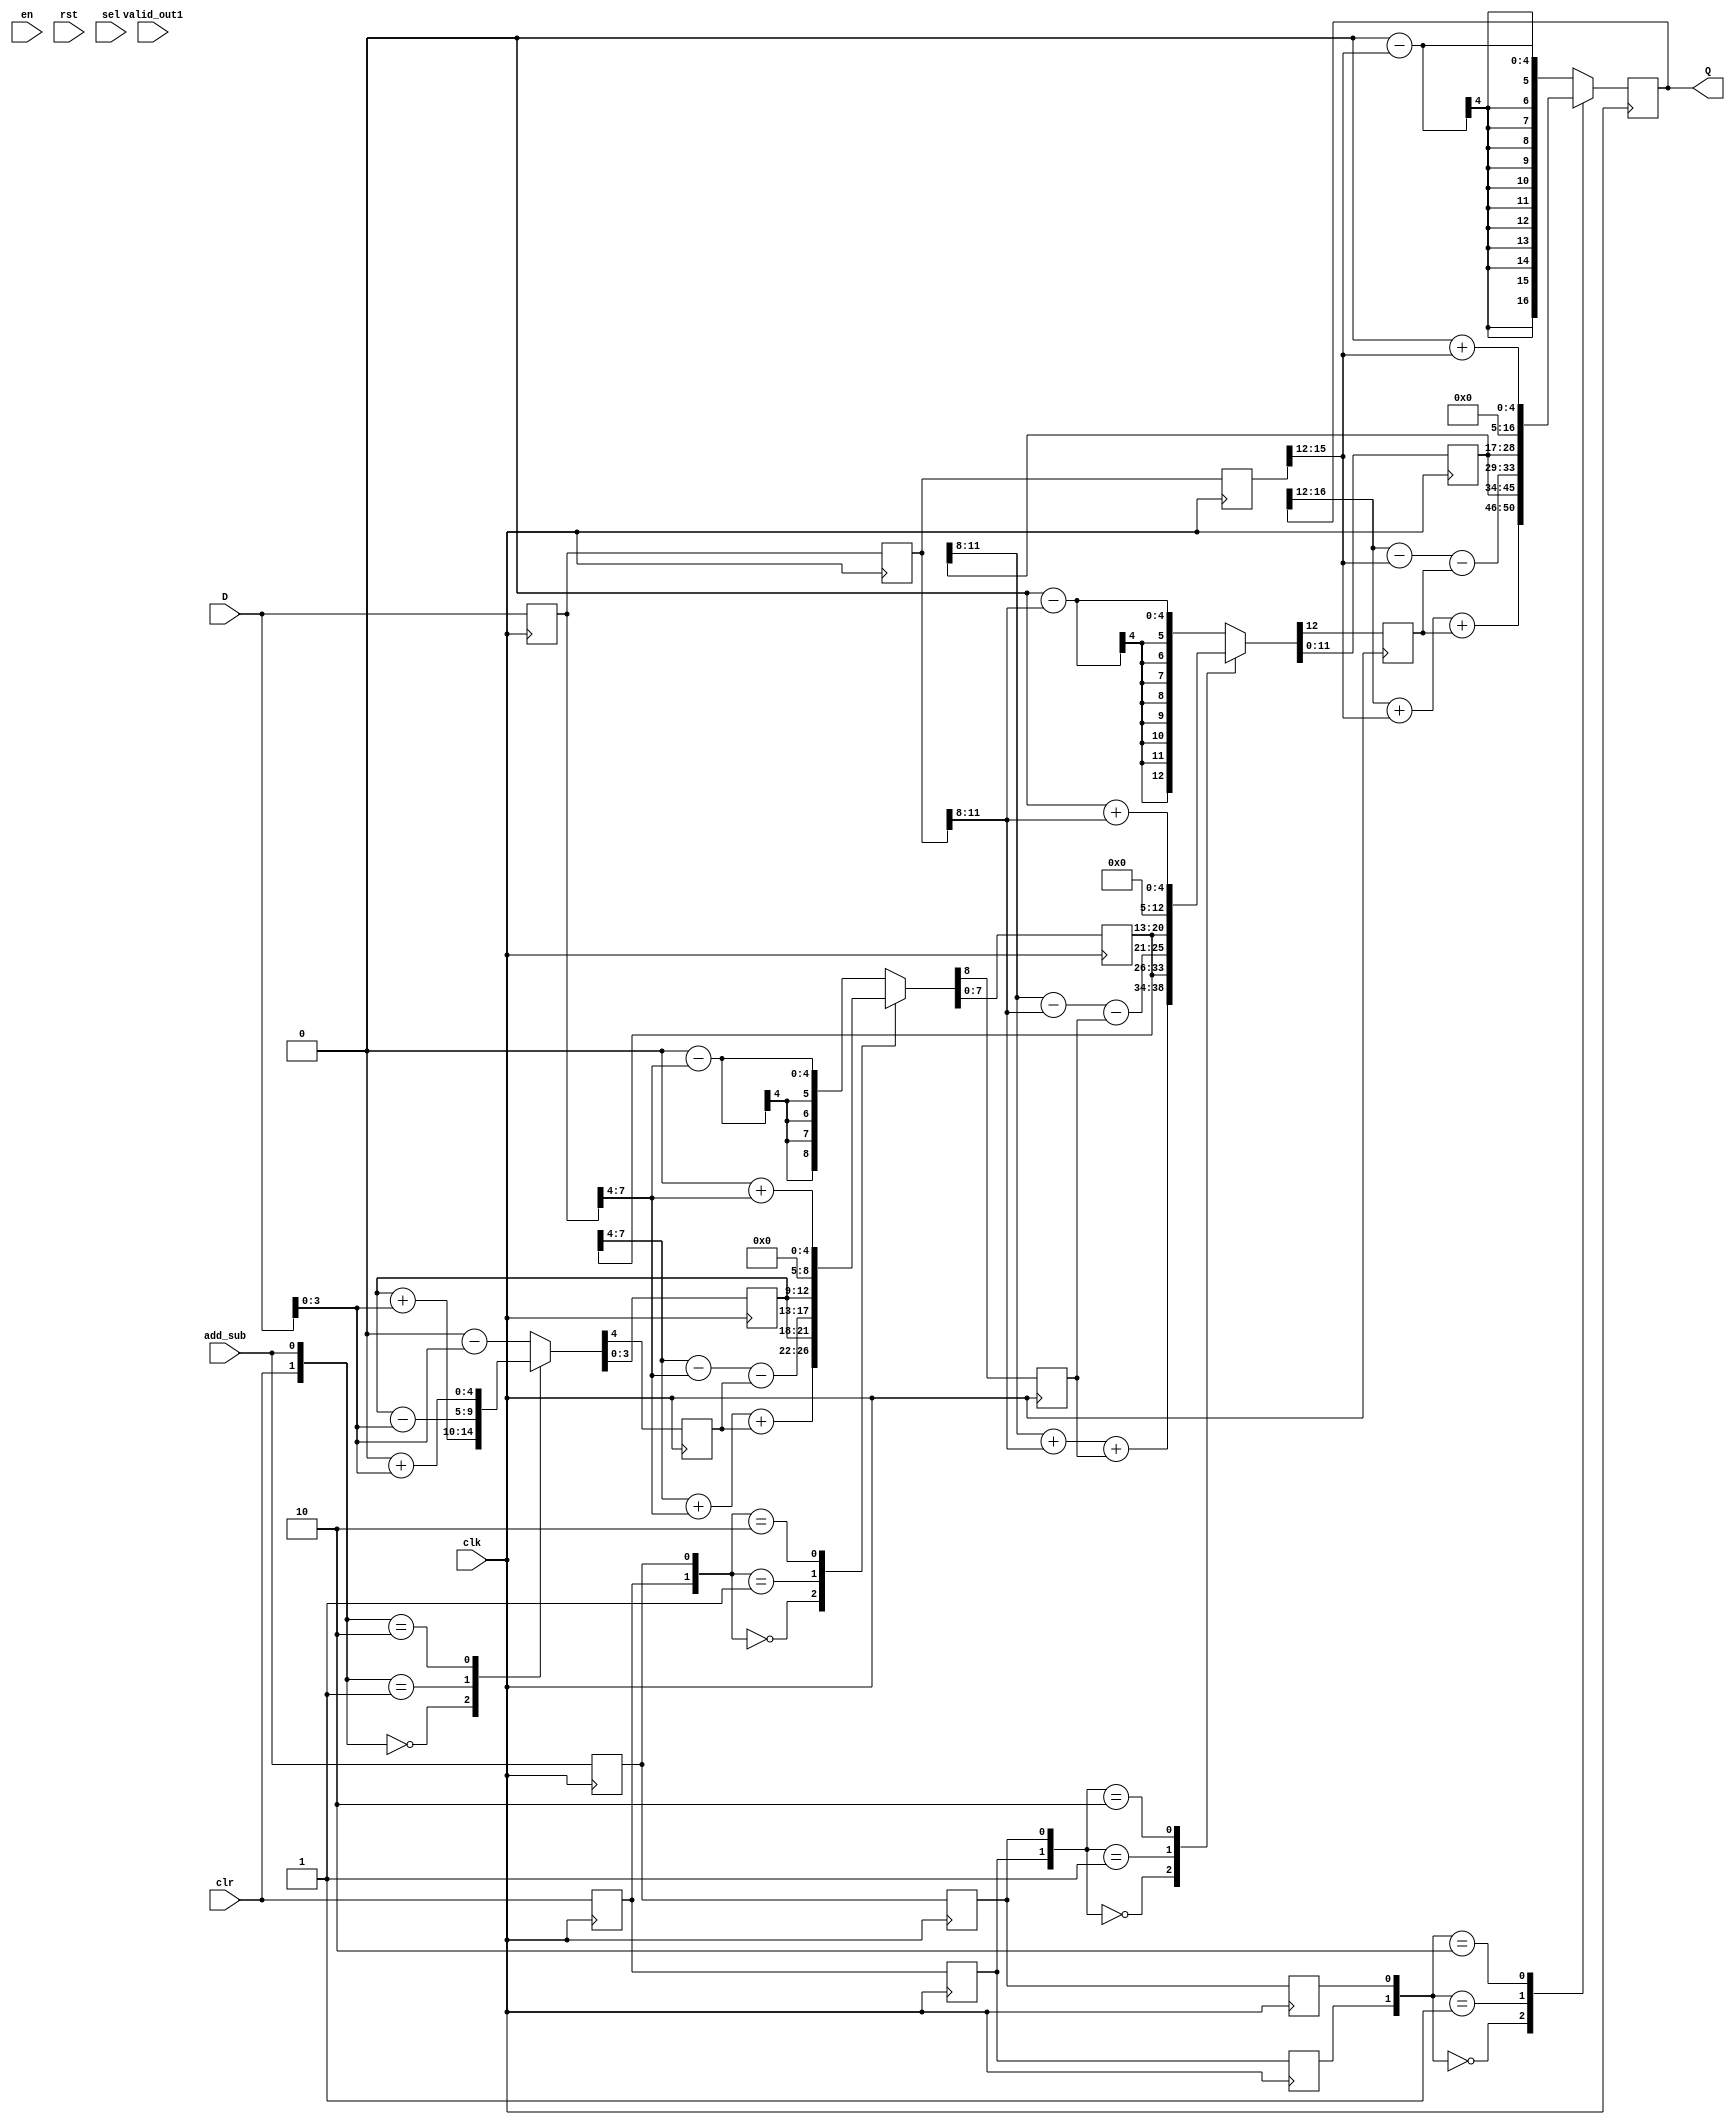
// This program was cloned from: https://github.com/Nitcloud/Digital-IDE
// License: GNU General Public License v3.0

module phase_acc(clr,en,rst,valid_out1,clk,add_sub,sel,D,Q);
    parameter DATASIZE=16;
    input  clr,en,rst,clk,add_sub,sel,valid_out1;
    input  [DATASIZE-1:0] D;
    output [DATASIZE:0]   Q;

    reg count0,count1,count2,count3;
    reg [DATASIZE:0] b_tmp,b_tmp0,b_tmp1,b_tmp2;
    reg [3:0] sum0;
    reg [7:0] sum1;
    reg [11:0] sum2;
    reg [16:0] sum3;
    reg add_sub0,add_sub1,add_sub2;
    reg clr0,clr1,clr2;
   
    always @(posedge clk) begin
        case({clr,add_sub})
            2'b00:{count0,sum0}<={1'b0,sum0}+{1'b0,D[3:0]};
            2'b01:{count0,sum0}<={1'b0,sum0}-{1'b0,D[3:0]};
            2'b10:{count0,sum0}<=5'b0+{1'b0,D[3:0]};
            default:{count0,sum0}<=5'b0-{1'b0,D[3:0]};
        endcase
        b_tmp0<=D;
        clr0<=clr;
        add_sub0<=add_sub;
    end
    
    always @(posedge clk)
    begin
        case({clr0,add_sub0})
            2'b00:{count1,sum1}<={{1'b0,sum1[7:4]}+{1'b0,b_tmp0[7:4]}+count0,sum0};
            2'b01:{count1,sum1}<={{1'b0,sum1[7:4]}-{1'b0,b_tmp0[7:4]}-count0,sum0};
            2'b10:{count1,sum1}<=5'b0+{1'b0,b_tmp0[7:4]};
            default:{count1,sum1}<=5'b0-{1'b0,b_tmp0[7:4]};
        endcase
        b_tmp1<=b_tmp0;
        clr1<=clr0;
        add_sub1<=add_sub0;
    end
    
    always @(posedge clk)
    begin
        case({clr1,add_sub1})
            2'b00:{count2,sum2}<={{1'b0,sum2[11:8]}+{1'b0,b_tmp1[11:8]}+count1,sum1};
            2'b01:{count2,sum2}<={{1'b0,sum2[11:8]}-{1'b0,b_tmp1[11:8]}-count1,sum1};
            2'b10:{count2,sum2}<=5'b0+{1'b0,b_tmp1[11:8]};
            default:{count2,sum2}<=5'b0-{1'b0,b_tmp1[11:8]};
        endcase
        b_tmp2<=b_tmp1;
        clr2<=clr1;
        add_sub2<=add_sub1;
    end
    
    always @(posedge clk) begin
        case({clr2,add_sub2})
            2'b00:sum3<={sum3[16:12]+{1'b0,b_tmp2[15:12]}+count2,sum2};
            2'b01:sum3<={sum3[16:12]-{1'b0,b_tmp2[15:12]}-count2,sum2};
            2'b10:sum3<=5'b0+{1'b0,b_tmp2[15:12]};
            default:sum3<=5'b0-{1'b0,b_tmp2[15:12]};
        endcase
    end
assign Q=sum3;
endmodule